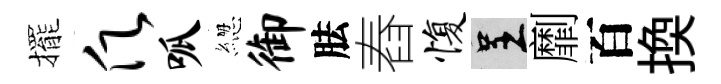
擺愿呱緫御胠舂愎呈劘百换